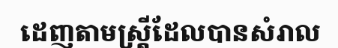
ដេញតាមស្ត្រីដែលបានសំរាល